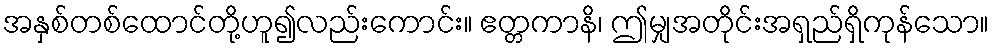
အနှစ်တစ်ထောင်တို့ဟူ၍လည်းကောင်း။ ဧတ္တကာနိ၊ ဤမျှအတိုင်းအရှည်ရှိကုန်သော။